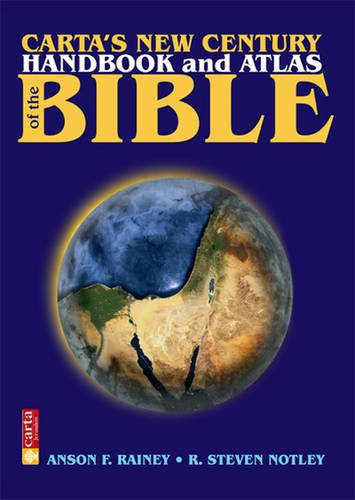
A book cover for Cartas's New Century Handbook and Atlas of the Bible; R Steven Notley; Christian Books & Bibles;